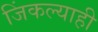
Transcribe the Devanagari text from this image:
जिंकल्याही